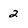
Character: 2